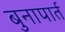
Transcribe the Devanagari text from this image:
बुनापार्त